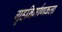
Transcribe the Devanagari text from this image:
गृहनिर्माणकला